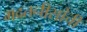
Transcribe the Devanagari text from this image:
मदतनीसांची